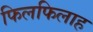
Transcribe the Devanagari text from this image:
फिलफिलाह